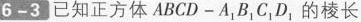
6-3 已知正方体ABCD-A_{1}B_{1}C_{1}D_{1}，的棱长